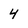
Character: 4